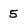
Character: 5